Manual of the Civil Veterinary Department, Central Provinces and Berar
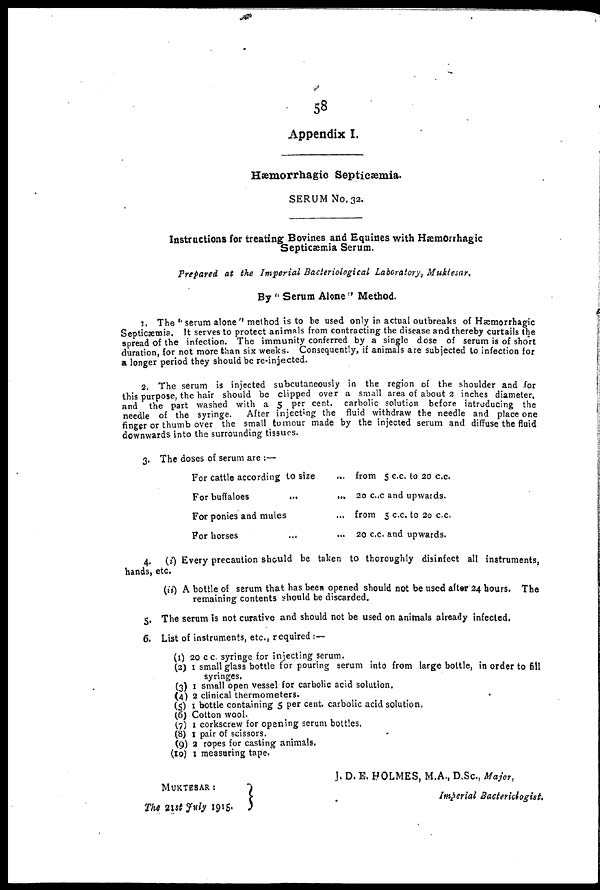
58
Appendix I.
Hæmorrhagic Septiæmia-
SERUM No. 32.
Instructions for treating Bovines and Equines with Hæmorrhagic
septicæmia Sernm.
Prepared at the Imperial Bacteriological Laboratory, Muktesar.
By " Serum Alone " Method.
1. The " serum alone" method is to be used only in actual outbreaks of Hæmorrhagic
Septicæmia. It serves to protect animals from contracting the disease and thereby curtails the
spread of the infection. The immunity conferred by a single dose of serum is of short
duration, for not more than six weeks. Consequently, if animals are subjected to infection for
a longer period they should be re-injected.
2. The serum is injected subcutaneously in the region of the shoulder and for
this purpose, the hair should be clipped over a small area of about 2 inches diameter,
and the part washed with a 5 per cent, carbolic solution before introducing the
needle of the syringe. After injecting the fluid withdraw the needle and place one
finger or thumb over the small tumour made by the injected serum and diffuse the fluid
downwards into the surrounding tissues.
3. The doses of serum are :—
For cattle according to size
...
For buffaloes
...
...
For ponies and mules
...
For horses
...
from 5 c.c. to 20 c.c.
ao c.c and upwards.
from 5 c.c. to 20 c.c.
20 c.c. and upwards.
4. (i) Every precaution should be taken to thoroughly disinfect all instruments,
hands, etc.
(ii) A bottle of serum that has been opened should not be used after 24 hours. The
remaining contents should be discarded.
5. The serum is not curative and should not be used on animals already infected.
6. List of instruments, etc., required :—
(1) 20 c.c. syringe for injecting serum.
(2) 1 small glass bottle for pouring serum into from large bottle, in order to fill
syringes.
(3) 1 small open vessel for carbolic acid solution.
(4) 2 clinical thermometers.
(5) 1 bottle containing 5 per cent carbolic acid solution.
(6) Cotton wool.
(7) 1 corkscrew for opening serum bottles.
(8) 1 pair of scissors.
(9) 2 ropes for casting animals,
(10) 1 measuring tape.
MUKTESAR
:
The 21st July 1915.
J. D. K. HOLMES, M.A., D.Sc, Major,
Imperial Bacterialogist.